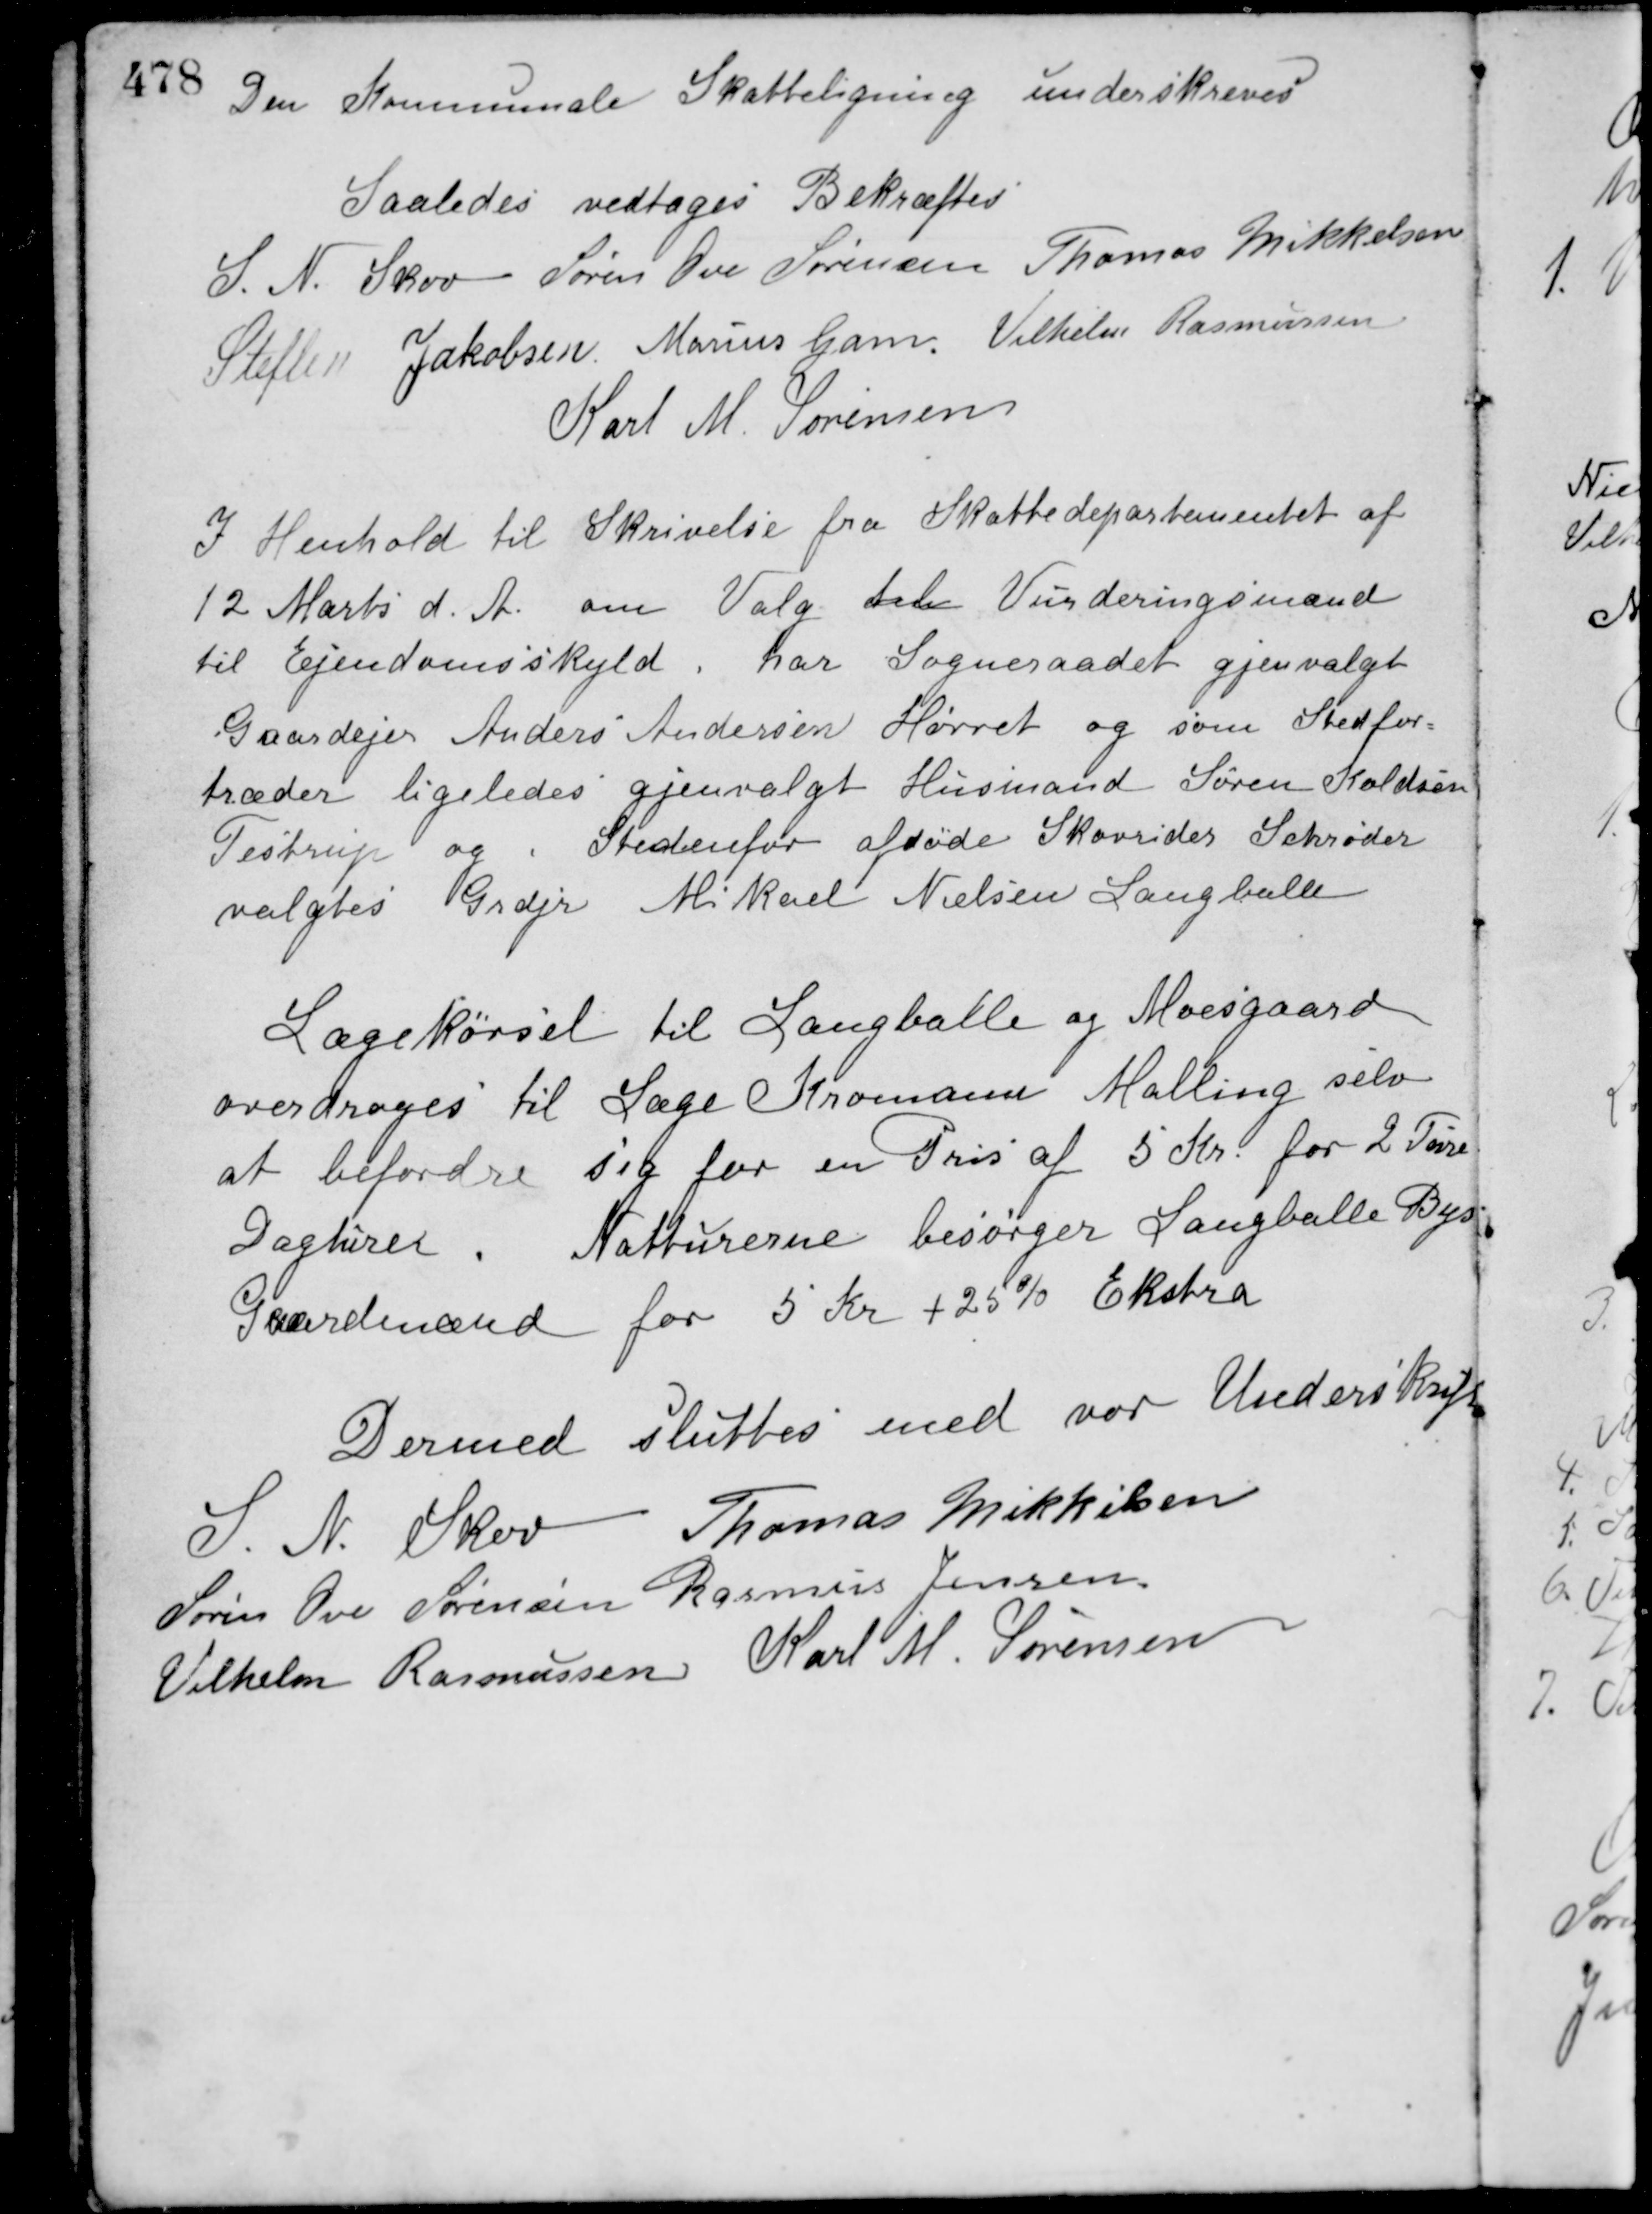
Transskription:
Den Kommunale Skatteligning underskreves.
Saaledes vedtaget Bekræftes
S. N. Skov Søren Ove Sørensen Thomas Mikkelsen
Steften Jakobsen Marius Gam Vilhelm Rasmussen
Karl M. Sørensen
I Henhold til Skrivelse fra Skattedepartementet af
12 Marts d. A. om Valg til Vurderingsmænd
til Ejendomsskyld, har Sogneraadet gjenvalgt
Gaardejer Anders Andersen Hørret og som Stedfor-
træder ligeledes gjenvalgt Husmand Søren Koldsen
Testrup og i Stedenfor afdøde Skovrider Schrøder
valgtes Grdjr. Mikael Nielsen Langballe.
Lægekørsel til Langballe og Moesgaard
overdroges til Læge Kromann Malling selv
at befordre sig for en Pris af 5 Kr. for 2 Tøre
Dagturer. Natturerne besørger Langballe Bys
Gaardmænd for 5 Kr. + 25 % Ekstra.
Dermed sluttes med vor Underskrift
S. N. Skov Thomas Mikkelsen
Søren Ove Sørensen Rasmus Jensen
Vilhelm Rasmussen Karl M. Sørensen